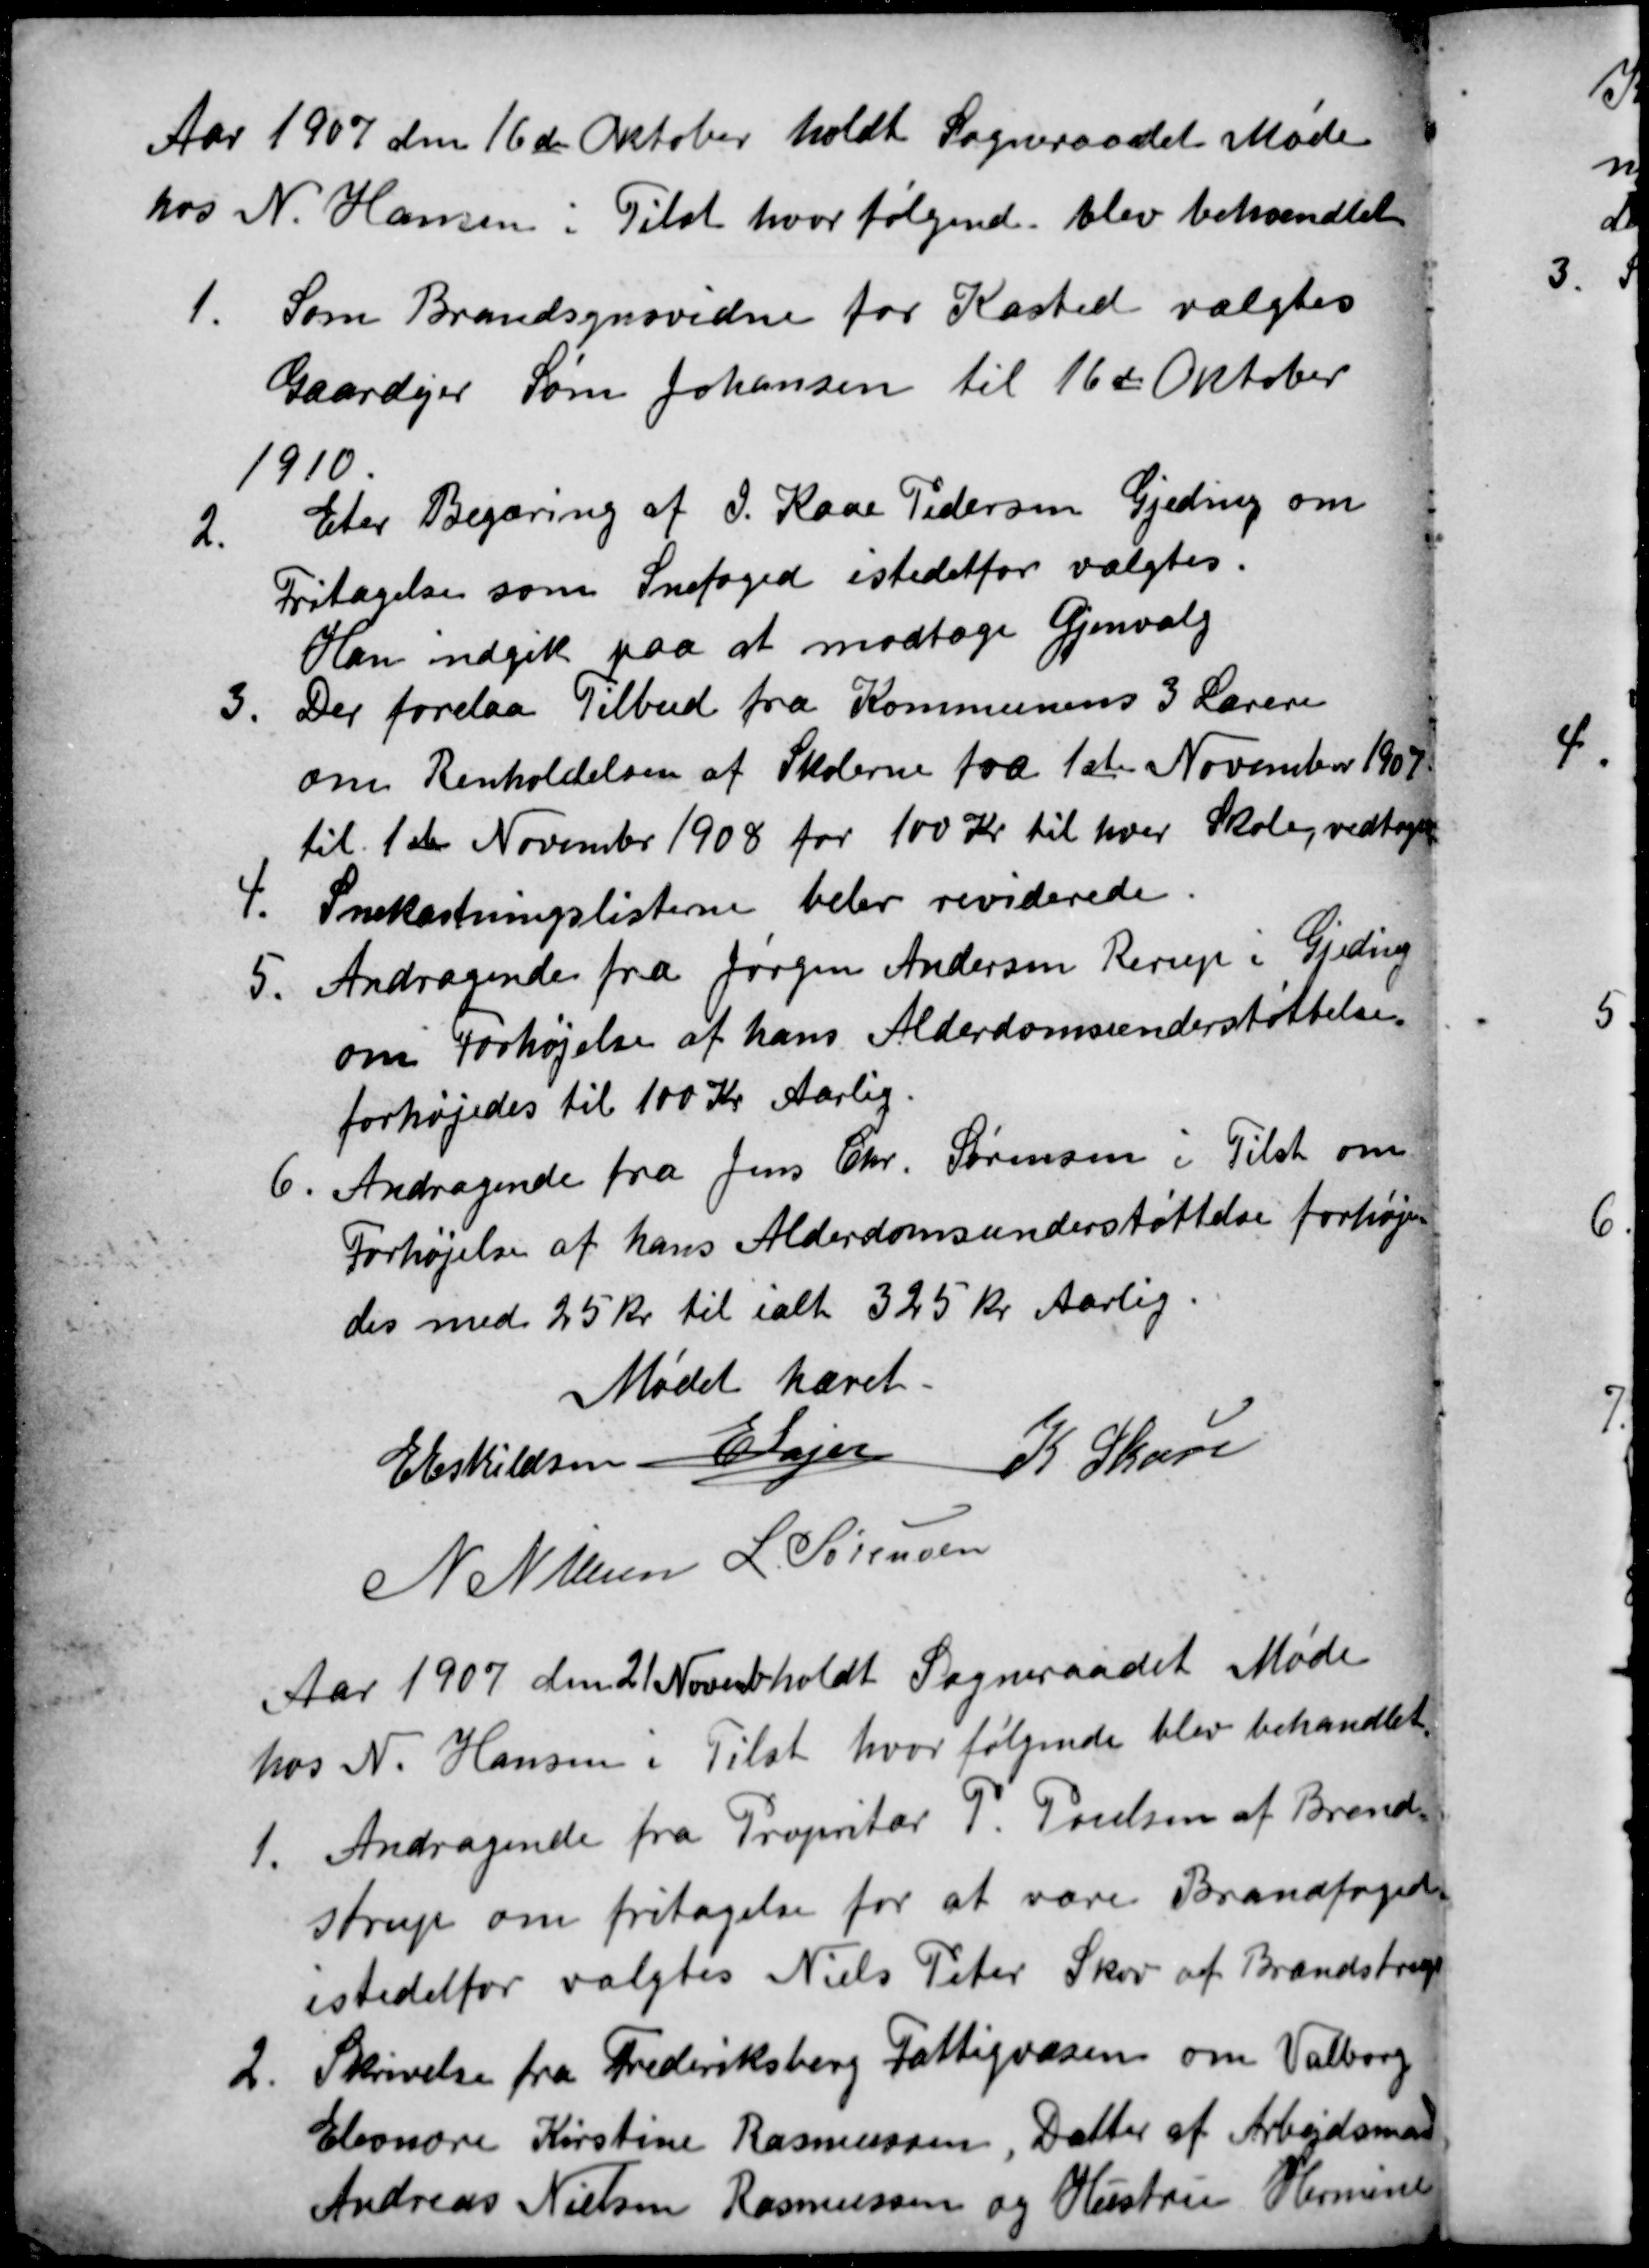
Transskription:
Aar 1907 den 16de Oktober holdt Sogneraadet Møde
hos N. Hansen i Tilst hvor følgende blev behandlet
1.
Som Brandsynsvidne for Kasted valgtes
Gaardejer Søren Johansen til 16de Oktober
1910.
2.
Eter Begæring af J. Kaae Pedersen Gjeding om
Fritagelse som Snefoged istedetfor valgtes.
Han indgik paa at modtage Gjenvalg
3.
Der forelaa Tilbud fra Kommunens 3 Lærere
om Renholdelsen af Skolerne fra 1ste November 1907
til 1ste November 1908 for 100 Kr til hver Skole, vedtoges
4.
Snekastningslisterne belev reviderede.
5.
Andragende fra Jørgen Andersen Rerup i Gjeding
om Forhøjelse af hans Alderdomsunderstøttelse.
forhøjedes til 100 Kr Aarlig.
6.
Andragende fra Jens Chr. Sørensen i Tilst om
Forhøjelse af hans Alderdomsunderstøttelse forhøje-
des med 25 kr til ialt 325 Kr Aarlig.
Mødet hævet.
E Eskildsen E Lajer
K Skou
N Nielsen L. Sørensen
Aar 1907 den 21 Novemb holdt Sogneraadet Møde
hos N. Hansen i Tilst, hvor følgende blev behandlet.
1.
Andragende fra Propritær P. Poulsen af Brend-
strup om fritagelse for at være Brandfoged.
istedetfor valgtes Niels Peter Skov af Brandstrup
2.
Skrivelse fra Frederiksberg Fattigvæsen om Valborg
Eleonore Kirstine Rasmussen, Datter af Arbejdsmand
Andreas Nielsen Rasmussen og Hustru Hermine